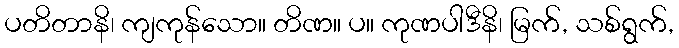
ပတိတာနိ၊ ကျကုန်သော။ တိဏ။ ပ။ ကုဏပါဒီနိ၊ မြက်, သစ်ရွက်,